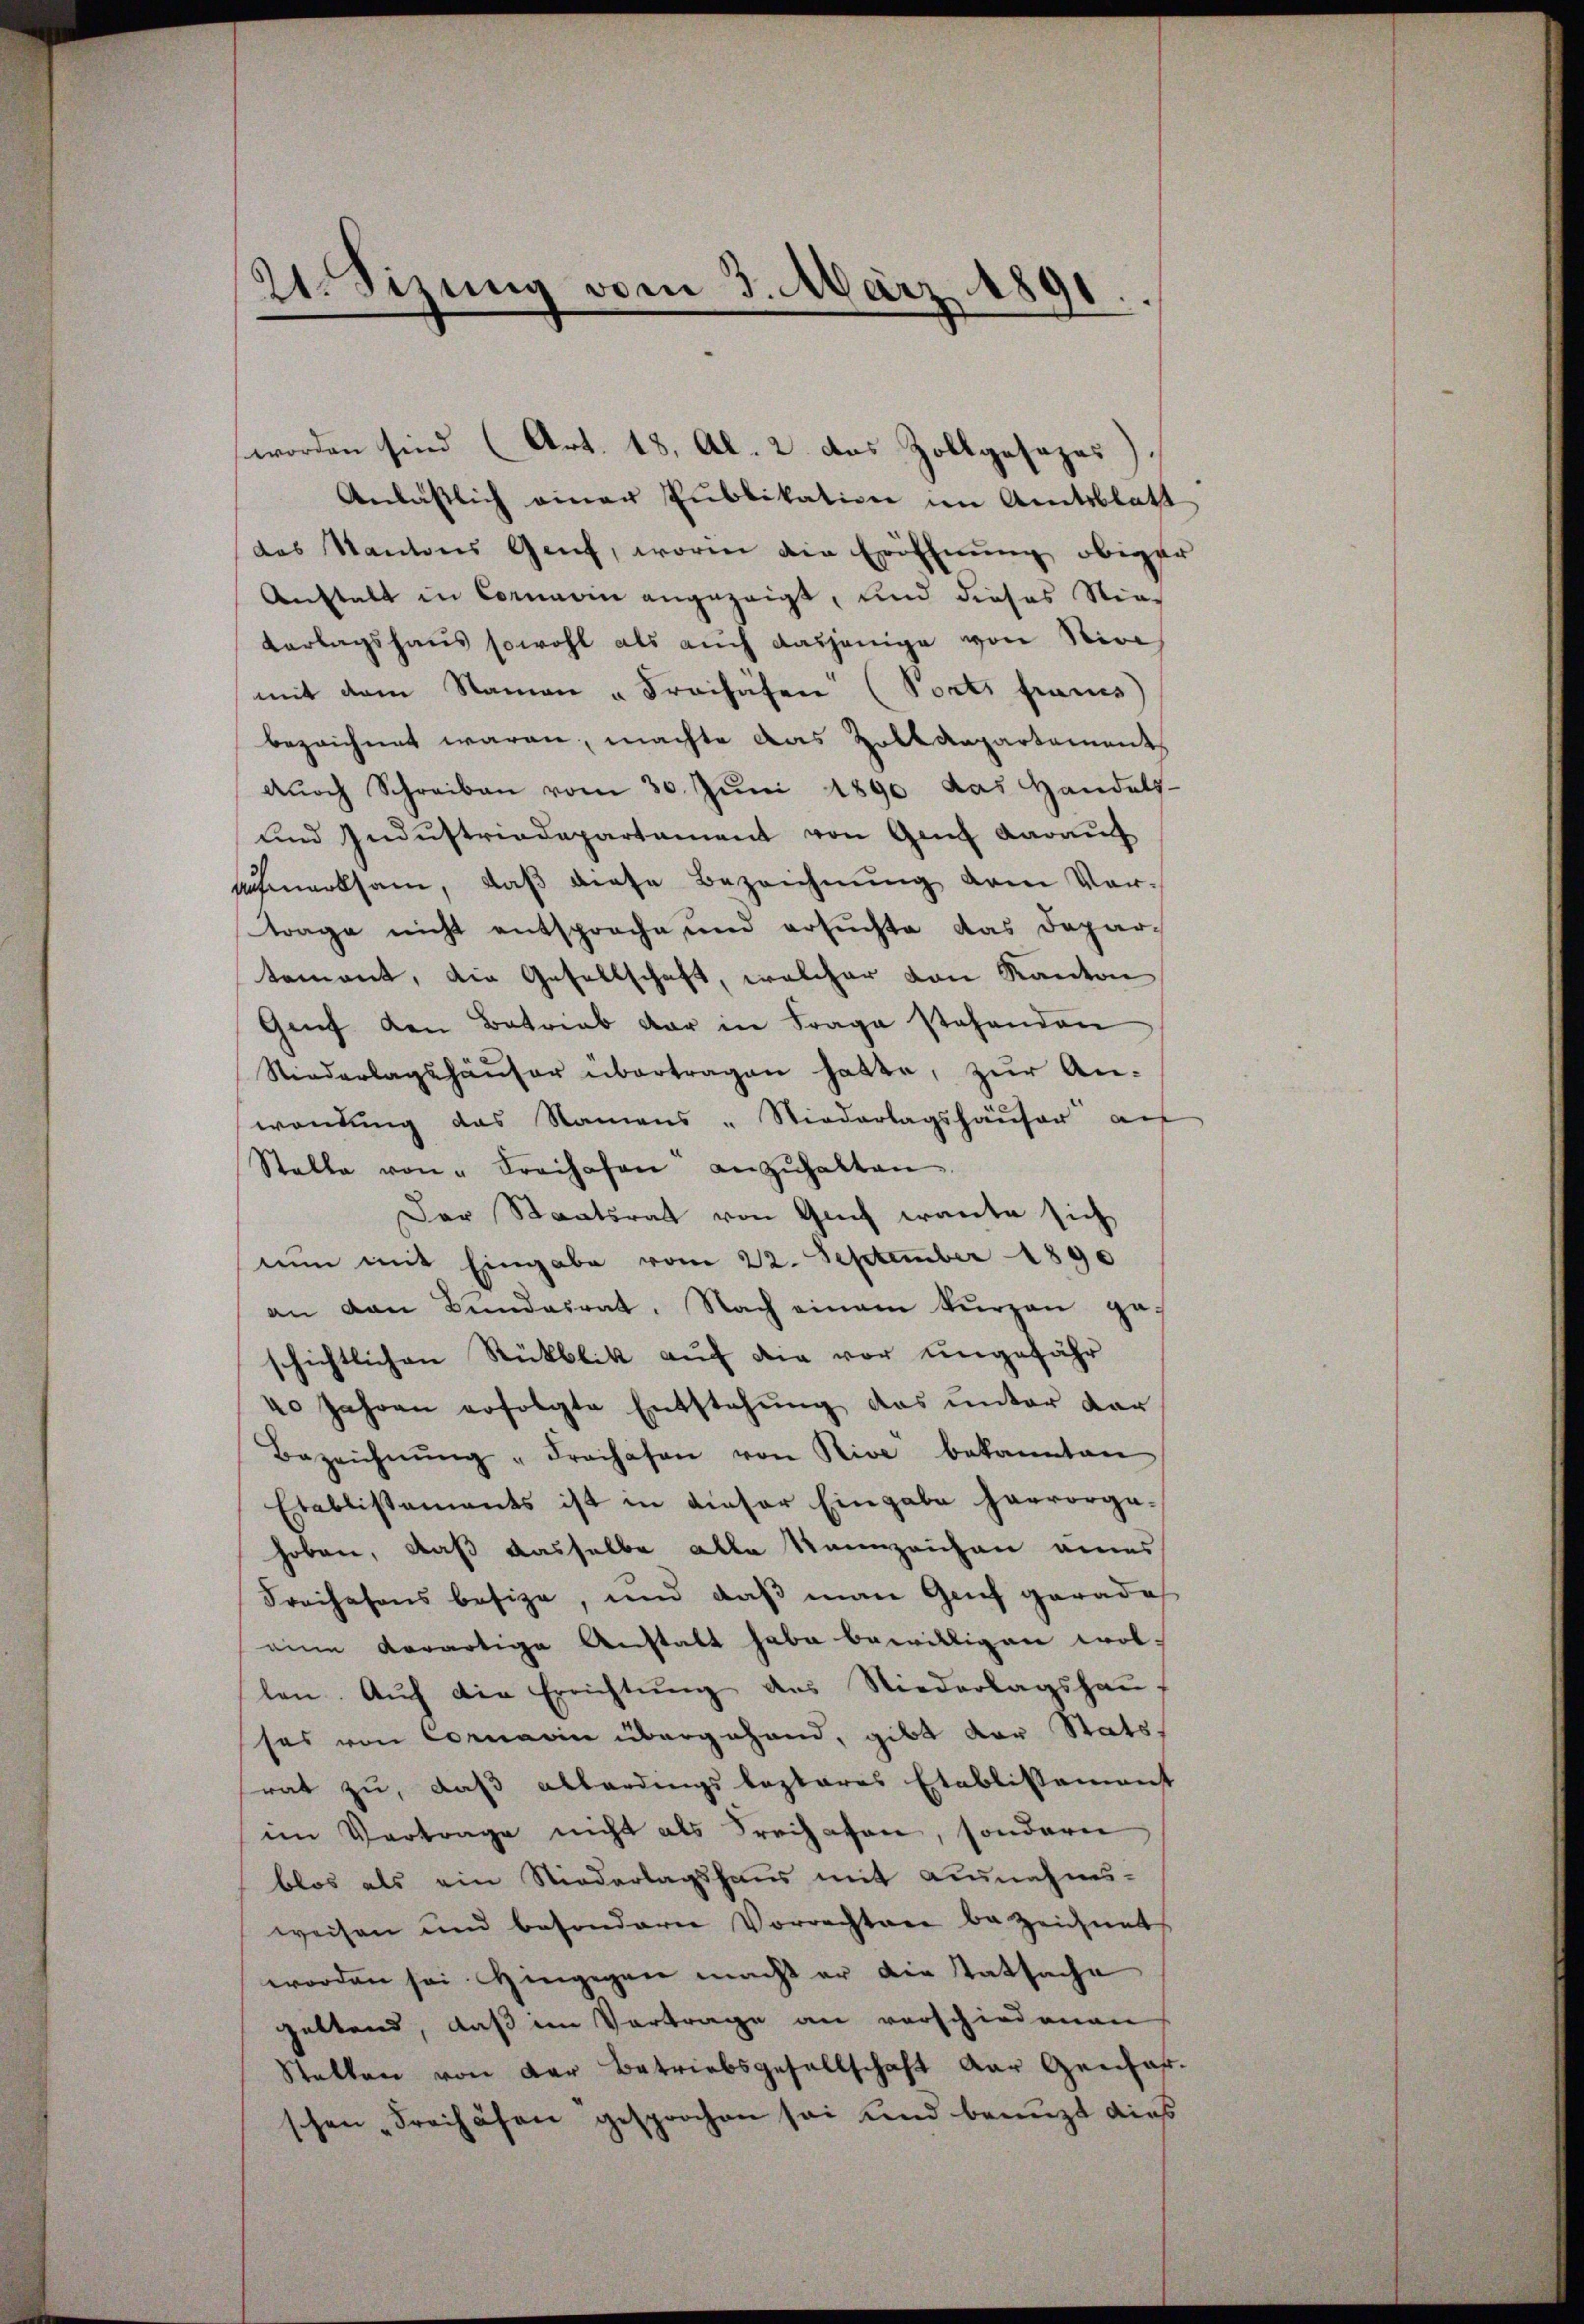
21. Sizung vom 3. März 1891
r

worden sind (Art. 18, Al. 2. das Zollgasazes)
Anlässlich einer Publikation im Amtsblatt
das Kantons Genf, worin die Eröffnung obiger
Anstalt in Cornarin angezeigt, und dieses Nie¬
Verlagshaus sowohl als auch dasjenige von Nive
mit dem Namen " Freihäfen (Ports frais
bezeichnet waren, machte das Zolldepartement
dŭrch Schreiben vom 30. Jŭni 1890 das Handels-
und Industriedepartement von Genf darauf
afmerksam, daβ diese Bezeichnŭng dem Vor-
trage nicht entsproche und ersuchte das Departement, die Gesellschaft, welcher von Kanton
Genf den Betrieb dar in Frage stehenden
Niederlagshäŭser übertragen hatte, zŭr An-
wandung das Namens - Niederlagshäŭser au
Stalle von " Freihafen anzŭhalten
Der Staatsrat von Guch erante sich
nun mit Eingabe vom 22. September 1890
an van Bŭndesrat. Nach einem kurzen ge-
schichtlichen Rückblik auf die vor ungefähr
40 Jahren erfolgte Entstehŭng das ŭnter dar
Bezeichnŭng "Freihasen von Rive bekannten
Etablistements ist in dieser Eingabe hervorga-
hoben, daß dasselbe alle Kennzeichen eines
Freihehens besize, und daß man Genf gerades
eine derartige Anstatt habe bewilligen wol-
len. Auf die Errichtung des Niederlagshaus
ses von Cornerin übergehend, gibt der Statsrat zu, daß allerdingskosteres Etablissement
im Vertrage nicht als Freihafen, sondern
blos als ein Niederlagshaus mit Ausnahms-
weisen und besondere Vorrechten bezeichnet
worden sei Hingegen macht er die Tatsache
haltend, daß im Vortrage an vorschiedenen
Stellen von der Betriebsgesellschaft der Gendar-
schen „Freihäfen gesprochen sei und benuzt dies